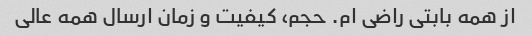
از همه بابتی راضی ام. حجم، کیفیت و زمان ارسال همه عالی